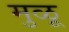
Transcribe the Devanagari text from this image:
मुळू